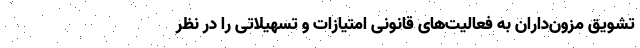
تشویق مزون‌داران به فعالیت‌های قانونی امتیازات و تسهیلاتی را در نظر